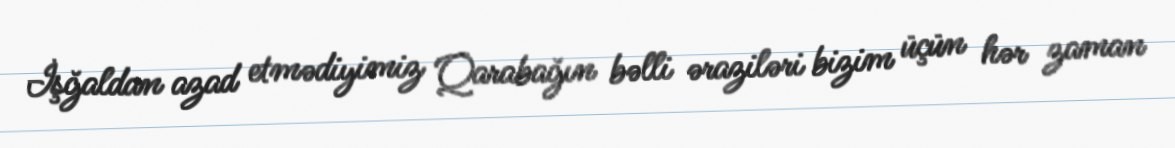
İşğaldan azad etmədiyimiz Qarabağın bəlli əraziləri bizim üçün hər zaman